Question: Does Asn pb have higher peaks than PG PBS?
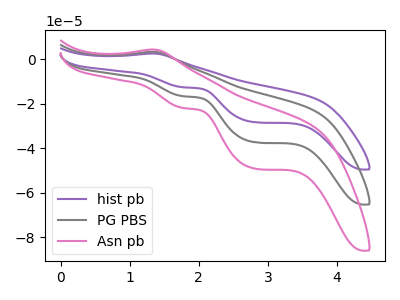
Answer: <think>The purple curve "hist pb" has an anodic peak at (1.30V, 6.50uA) and cathodic peaks at (1.80V, -33.40uA) (2.80V, -74.80uA). The gray curve "PG PBS" has an anodic peak at (1.30V, 3.25uA) and cathodic peaks at (1.80V, -16.70uA) (2.80V, -37.40uA). The pink curve "Asn pb" has an anodic peak at (1.30V, 4.25uA) and cathodic peaks at (1.80V, -22.00uA) (2.80V, -49.25uA).</think>
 <answer>Every peak in "Asn pb" is higher than every peak in "PG PBS".</answer>
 <eval>higher</eval>